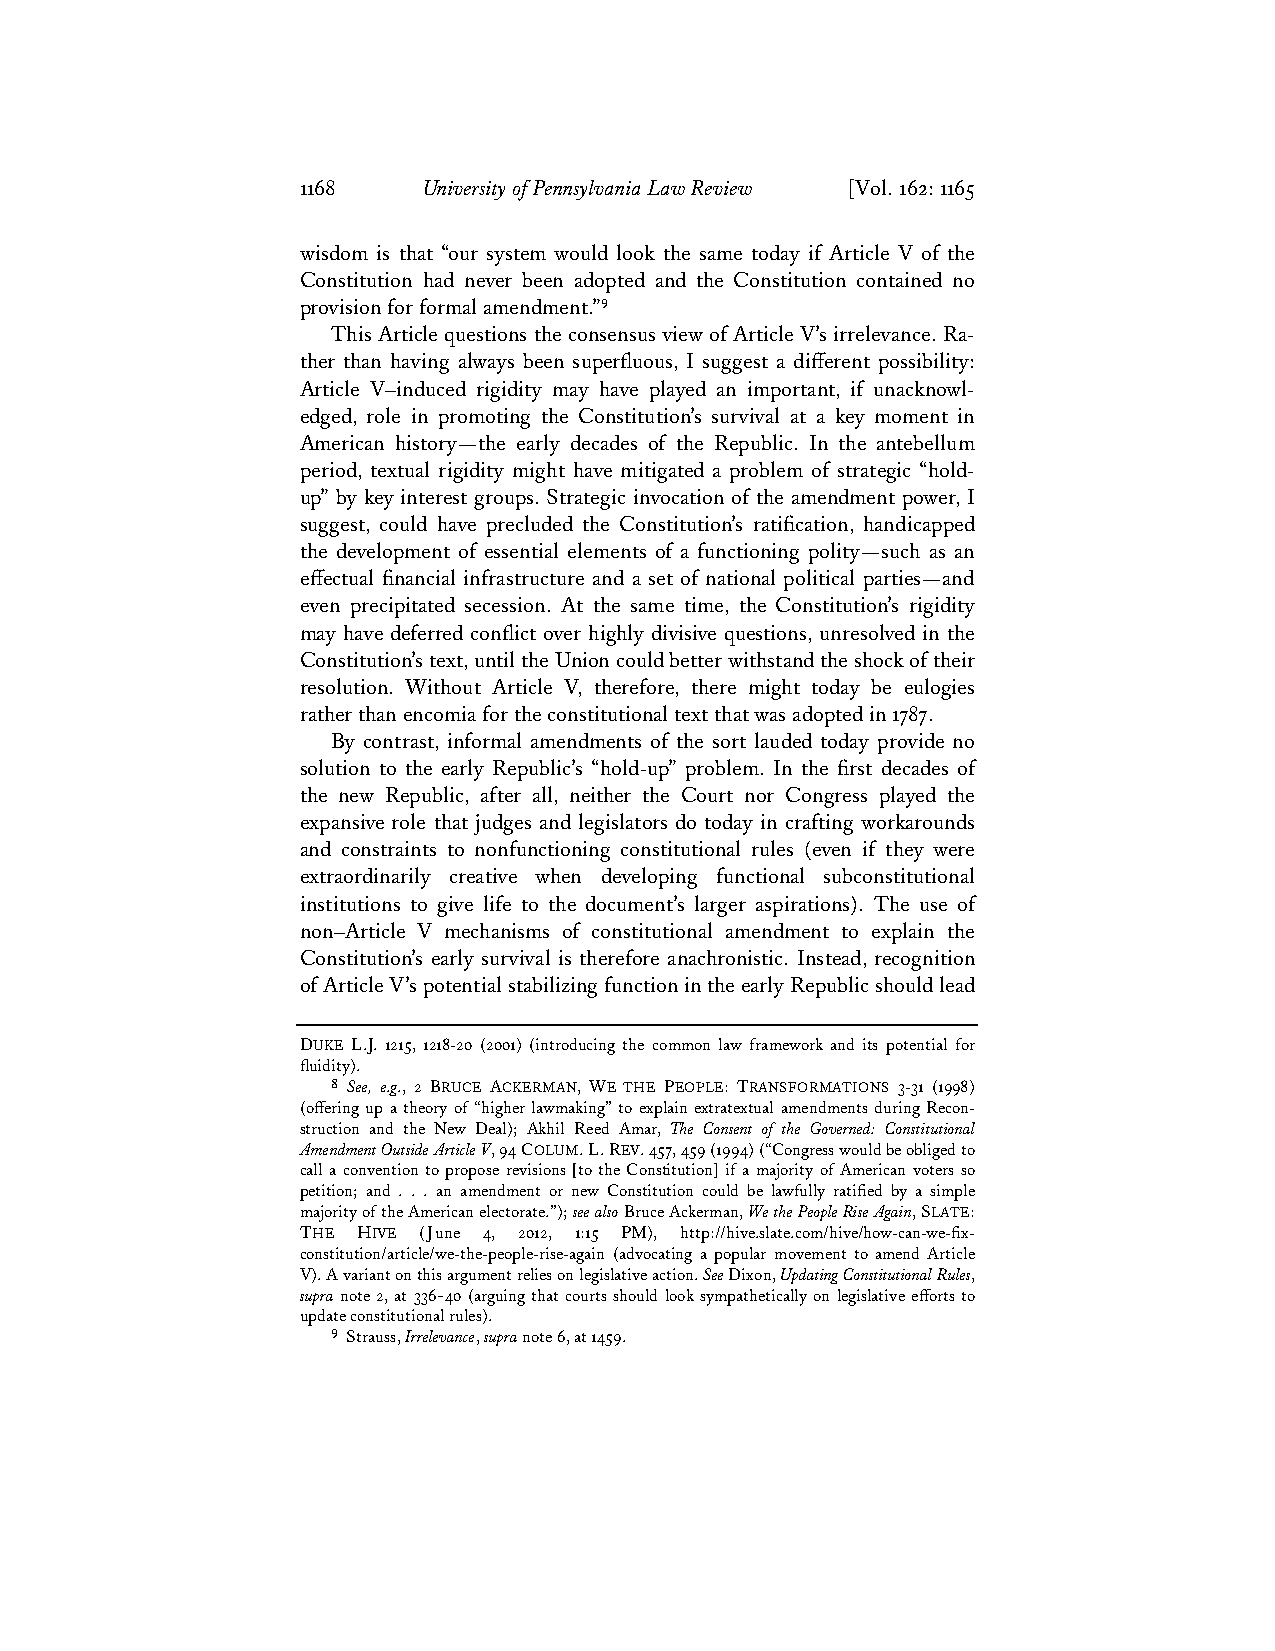
1168    University of Pennsylvania Law Review [Vol. 162: 1165
 wisdom is that “our system would look the same today if Article V of the
 Constitution had never been adopted and the Constitution contained no
 provision for formal amendment.”9
 This Article questions the consensus view of Article V’s irrelevance. Ra-
 ther than having always been superfluous, I suggest a different possibility:
 Article V–induced rigidity may have played an important, if unacknowl-
 edged, role in promoting the Constitution’s survival at a key moment in
 American history—the early decades of the Republic. In the antebellum
 period, textual rigidity might have mitigated a problem of strategic “hold-
 up” by key interest groups. Strategic invocation of the amendment power, I
 suggest, could have precluded the Constitution’s ratification, handicapped
 the development of essential elements of a functioning polity—such as an
 effectual financial infrastructure and a set of national political parties—and
 even precipitated secession. At the same time, the Constitution’s rigidity
 may have deferred conflict over highly divisive questions, unresolved in the
 Constitution’s text, until the Union could better withstand the shock of their
 resolution. Without Article V, therefore, there might today be eulogies
 rather than encomia for the constitutional text that was adopted in 1787.
 By contrast, informal amendments of the sort lauded today provide no
 solution to the early Republic’s “hold-up” problem. In the first decades of
 the new Republic, after all, neither the Court nor Congress played the
 expansive role that judges and legislators do today in crafting workarounds
 and constraints to nonfunctioning constitutional rules (even if they were
 extraordinarily creative when developing functional subconstitutional
 institutions to give life to the document’s larger aspirations). The use of
 non–Article V mechanisms of constitutional amendment to explain the
 Constitution’s early survival is therefore anachronistic. Instead, recognition
 of Article V’s potential stabilizing function in the early Republic should lead
 DUKE L.J. 1215, 1218-20 (2001) (introducing the common law framework and its potential for
 fluidity).
 8 See, e.g., 2 BRUCE ACKERMAN, WE THE PEOPLE: TRANSFORMATIONS 3-31 (1998)
 (offering up a theory of “higher lawmaking” to explain extratextual amendments during Recon-
 struction and the New Deal); Akhil Reed Amar, The Consent of the Governed: Constitutional
 Amendment Outside Article V, 94 COLUM. L. REV. 457, 459 (1994) (“Congress would be obliged to
 call a convention to propose revisions [to the Constitution] if a majority of American voters so
 petition; and . . . an amendment or new Constitution could be lawfully ratified by a simple
 majority of the American electorate.”); see also Bruce Ackerman, We the People Rise Again, SLATE:
 THE HIVE (June 4, 2012, 1:15 PM), http://hive.slate.com/hive/how-can-we-fix-
 constitution/article/we-the-people-rise-again (advocating a popular movement to amend Article
 V). A variant on this argument relies on legislative action. See Dixon, Updating Constitutional Rules,
 supra note 2, at 336-40 (arguing that courts should look sympathetically on legislative efforts to
 update constitutional rules).
 9 Strauss, Irrelevance, supra note 6, at 1459.